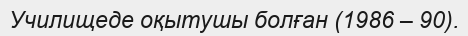
Училищеде оқытушы болған (1986 – 90).